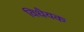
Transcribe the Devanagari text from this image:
विधैयक